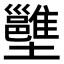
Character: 𡓱